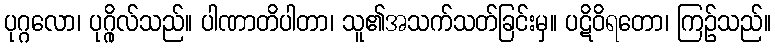
ပုဂ္ဂလော၊ ပုဂ္ဂိုလ်သည်။ ပါဏာတိပါတာ၊ သူ၏အသက်သတ်ခြင်းမှ။ ပဋိဝိရတော၊ ကြဉ်သည်။